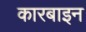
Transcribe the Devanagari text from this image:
कारबाइन